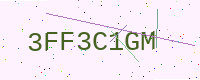
Text: 3FF3C1GM